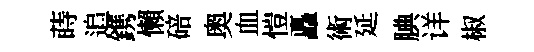
蒔追鎸懶碚奥血愷矗術延腆详椒